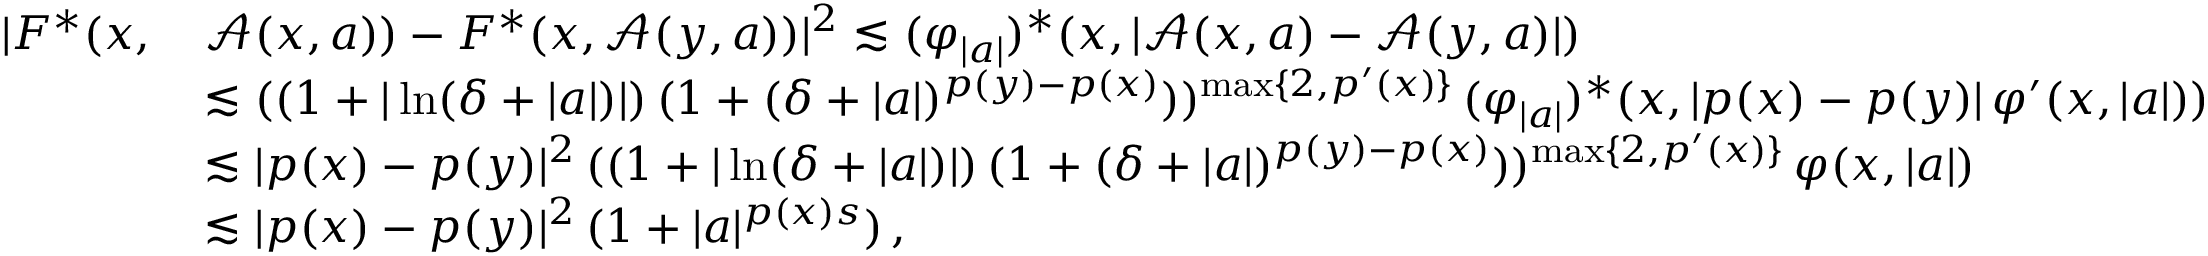
\begin{array} { r l } { \vert F ^ { * } ( x , \, } & { \boldsymbol { \mathcal { A } } ( x , a ) ) - F ^ { * } ( x , \boldsymbol { \mathcal { A } } ( y , a ) ) \vert ^ { 2 } \lesssim ( \varphi _ { \vert a \vert } ) ^ { * } ( x , \vert \boldsymbol { \mathcal { A } } ( x , a ) - \boldsymbol { \mathcal { A } } ( y , a ) \vert ) } \\ & { \lesssim ( ( 1 + \vert \ln ( \delta + \vert a \vert ) \vert ) \, ( 1 + ( \delta + \vert a \vert ) ^ { p ( y ) - p ( x ) } ) ) ^ { \operatorname* { m a x } \{ 2 , p ^ { \prime } ( x ) \} } \, ( \varphi _ { \vert a \vert } ) ^ { * } ( x , \vert p ( x ) - p ( y ) \vert \, \varphi ^ { \prime } ( x , \vert a \vert ) ) } \\ & { \lesssim \vert p ( x ) - p ( y ) \vert ^ { 2 } \, ( ( 1 + \vert \ln ( \delta + \vert a \vert ) \vert ) \, ( 1 + ( \delta + \vert a \vert ) ^ { p ( y ) - p ( x ) } ) ) ^ { \operatorname* { m a x } \{ 2 , p ^ { \prime } ( x ) \} } \, \varphi ( x , \vert a \vert ) } \\ & { \lesssim \vert p ( x ) - p ( y ) \vert ^ { 2 } \, ( 1 + \vert a \vert ^ { p ( x ) s } ) \, , } \end{array}